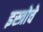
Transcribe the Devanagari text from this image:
इस्त्रोचे